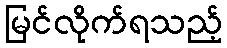
မြင်လိုက်ရသည့်